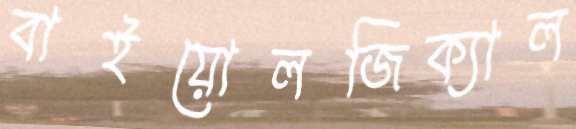
বাইয়োলজিক্যাল